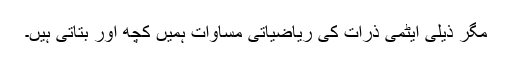
مگر ذیلی ایٹمی ذرّات کی ریاضیاتی مساوات ہمیں کچھ اور بتاتی ہیں۔